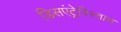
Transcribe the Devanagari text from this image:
डिसएंट्रेविस्तास